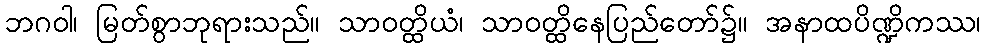
ဘဂဝါ၊ မြတ်စွာဘုရားသည်။ သာဝတ္ထိယံ၊ သာဝတ္ထိနေပြည်တော်၌။ အနာထပိဏ္ဍိကဿ၊